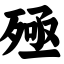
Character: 殛